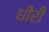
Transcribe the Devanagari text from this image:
धीरी